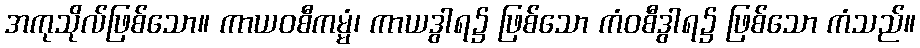
အကုသိုလ်ဖြစ်သော။ ကာယဝစီကမ္မံ၊ ကာယဒွါရ၌ ဖြစ်သော ကံဝစီဒွါရ၌ ဖြစ်သော ကံသည်။